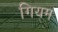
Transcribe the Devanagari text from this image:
गियम